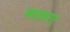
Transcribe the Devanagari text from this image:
बहकाए